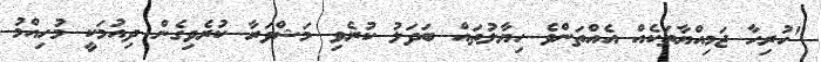
"ހުރިހާ ޖަމިއްޔާތަކެއް އެއްތަންވެ ހިޔާލުތައް ބަދަލު ކުރެވި މަޝްވަރާ ކުރެވިގެން ދިއުމަކީ މުހިއްމު